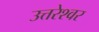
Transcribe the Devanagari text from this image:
उत्तरेश्‍वर